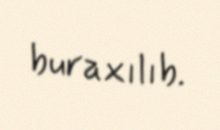
buraxılıb.